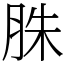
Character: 䏭